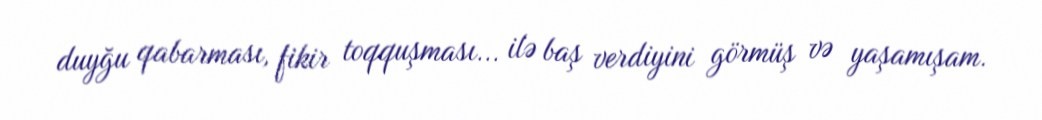
duyğu qabarması, fikir toqquşması... ilə baş verdiyini görmüş və yaşamışam.